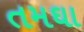
તમઘા